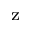
_ \mathrm { z }